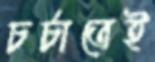
চর্চাতেই